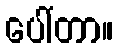
ပေါ်တာ။